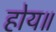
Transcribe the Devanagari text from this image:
होय॥